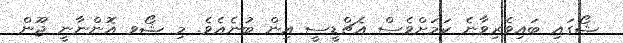
ޝޯގައި ބައިވެރިވާނެ ކަމަށްވެސް އެޗްޑީސީ އިން ބުނެއެވެ. މި ޝޯވ އޮންނާނީ ޖޫން